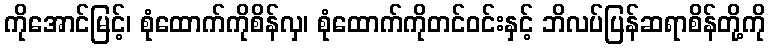
ကိုအောင်မြင့်၊ စုံထောက်ကိုစိန်လှ၊ စုံထောက်ကိုတင်ဝင်းနှင့် ဘိလပ်ပြန်ဆရာစိန်တို့ကို